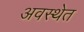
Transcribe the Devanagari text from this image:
अवस्‍थेत